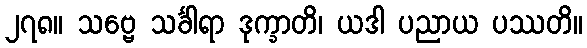
၂၇၈။ သဗ္ဗေ သင်္ခါရာ ဒုက္ခာတိ၊ ယဒါ ပညာယ ပဿတိ။